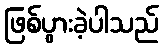
ဖြစ်ပွားခဲ့ပါသည်